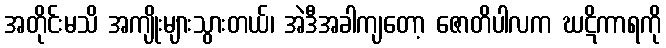
အတိုင်းမသိ အကျိုးများသွားတယ်၊ အဲဒီအခါကျတော့ ဇောတိပါလက ဃဋိကာရကို